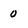
Character: o